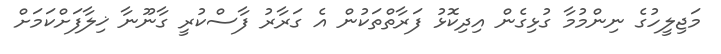
މަޖިލީހުގެ ނިންމުމާ ގުޅިގެން އިދިކޮޅު ފަރާތްތަކުން އެ ގަރާރު ފާސްކުރީ ގާނޫނާ ޚިލާފަށްކަމަށް